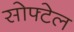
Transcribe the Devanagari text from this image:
सोफ्टेल